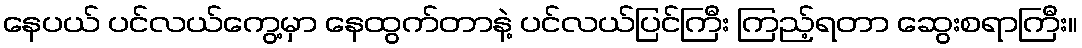
နေပယ် ပင်လယ်ကွေ့မှာ နေထွက်တာနဲ့ ပင်လယ်ပြင်ကြီး ကြည့်ရတာ ဆွေးစရာကြီး။